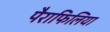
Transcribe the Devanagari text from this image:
पैराफिलिया